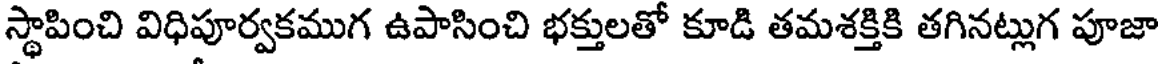
స్థాపించి విధిపూర్వకముగ ఉపాసించి భక్తులతో కూడి తమశక్తికి తగినట్లుగ పూజా